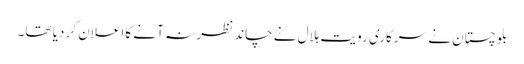
بلوچستان نے سرکاری رویت ہلال نے چاند نظر نہ آنے کا اعلان کر دیا تھا۔